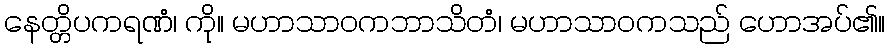
နေတ္တိပကရဏံ၊ ကို။ မဟာသာဝကဘာသိတံ၊ မဟာသာဝကသည် ဟောအပ်၏။